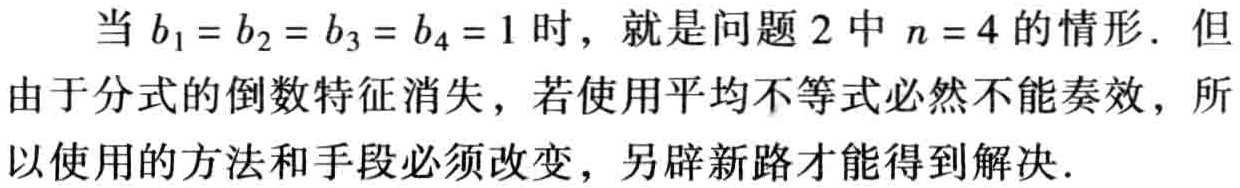
当 \(b_1 = b_2 = b_3 = b_4 = 1\) 时，就是问题 2 中 \(n = 4\) 的情形. 但由于分式的倒数特征消失，若使用平均不等式必然不能奏效，所以使用的方法和手段必须改变，另辟新路才能得到解决.